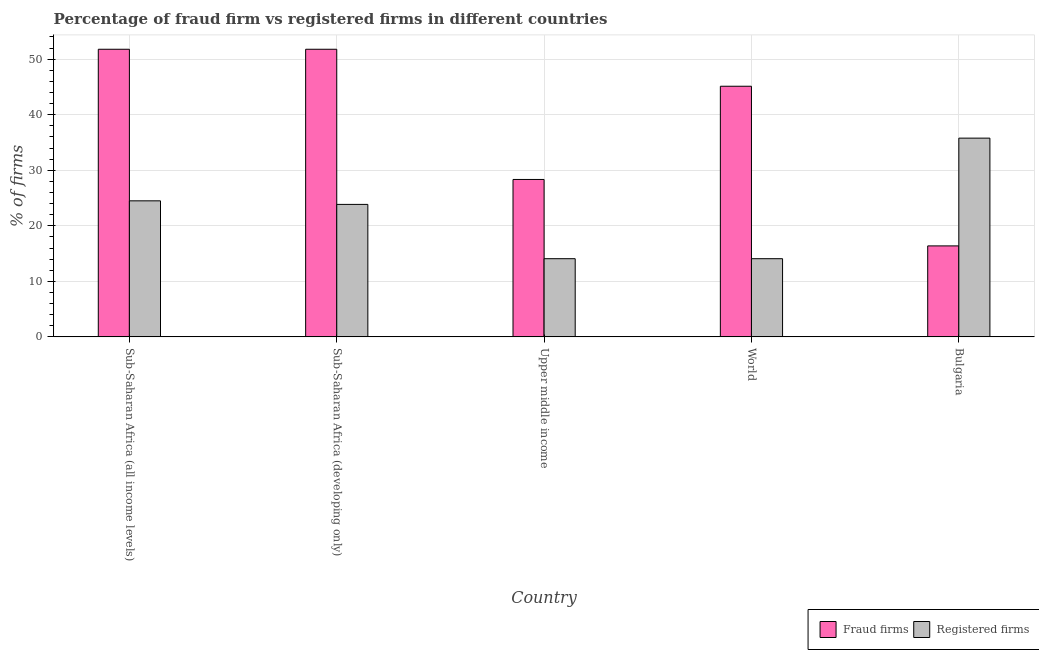
| Country | Fraud firms | Registered firms |
 | --- | --- | --- |
 | Sub-Saharan Africa (all income levels) | 51.8 | 24.5 |
 | Sub-Saharan Africa (developing only) | 51.8 | 23.9 |
 | Upper middle income | 28.3 | 14.1 |
 | World | 45.1 | 14.1 |
 | Bulgaria | 16.4 | 35.8 |